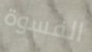
القسوة